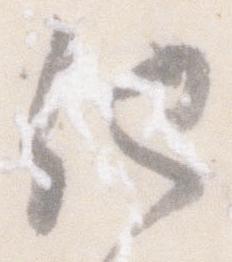
他